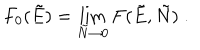
F _ { 0 } ( \tilde { E } ) = \lim _ { \tilde { N } \to 0 } F ( \tilde { E } , \tilde { N } ) \; .